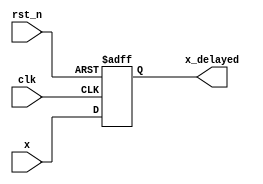
module delay_1clk
#(parameter WIDTH = 8)
(
    input clk, 
    input rst_n, 
    input [WIDTH-1:0] x, 
    output reg [WIDTH-1:0] x_delayed
); 
always @(posedge clk or negedge rst_n) begin
    if (!rst_n) begin
        x_delayed <= 0; 
    end else begin
        x_delayed <= x; 
    end
end
endmodule


module delay_1clk_okay
#(parameter WIDTH = 8)
(
    input clk, 
    input rst_n, 
    input okay, 
    input [WIDTH-1:0] x, 
    output reg [WIDTH-1:0] x_delayed
); 
always @(posedge clk or negedge rst_n) begin
    if (!rst_n) begin
        x_delayed <= 0; 
    end else if (okay) begin
        x_delayed <= x; 
    end else begin
        x_delayed <= x_delayed; 
    end 
end
endmodule


module delay_Nclk_okay
#(parameter WIDTH = 8, N = 1)
(
    input clk, 
    input rst_n, 
    input okay, 
    input [WIDTH-1:0] x, 
    output [WIDTH-1:0] x_delayed
); 

wire [WIDTH-1:0] delays [N:0]; 

assign delays[0] = x; 

assign x_delayed = delays[N]; 

genvar idx; 
generate
    for (idx = 0; idx < N; idx=idx+1) begin : genIdx
        delay_1clk_okay #(.WIDTH(WIDTH)) tmp(clk, rst_n, okay, delays[idx], delays[idx+1]); 
    end
endgenerate


endmodule